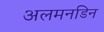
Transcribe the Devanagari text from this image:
अलमनडिन